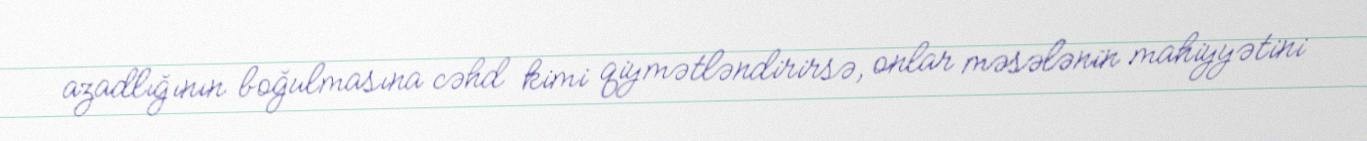
azadlığının boğulmasına cəhd kimi qiymətləndirirsə, onlar məsələnin mahiyyətini